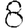
Digit: 8